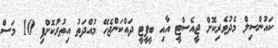
ކައުންސިލް މެދުވެރިކޮށް ޖީއެސްޓީ އާއި ބީޕީޓީ ދައްކަންޖެހޭ މުއްދަތު އިތުރުކޮށްފި 10 މަސް